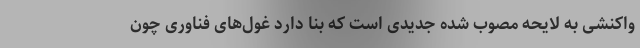
واکنشی به لایحه مصوب شده جدیدی است که بنا دارد غول‌های فناوری چون